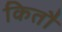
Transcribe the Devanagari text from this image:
कितौ